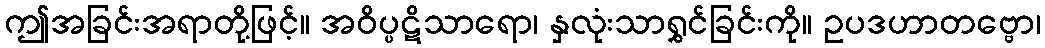
ဤအခြင်းအရာတို့ဖြင့်။ အဝိပ္ပဋိသာရော၊ နှလုံးသာရွှင်ခြင်းကို။ ဥပဒဟာတဗ္ဗော၊